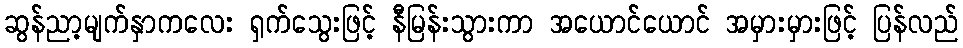
ဆွန်ညာ့မျက်နှာကလေး ရှက်သွေးဖြင့် နီမြန်းသွားကာ အယောင်ယောင် အမှားမှားဖြင့် ပြန်လည်